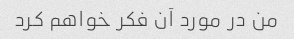
من در مورد آن فکر خواهم کرد